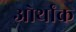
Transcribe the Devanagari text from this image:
ओर्थांक